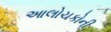
આલોચકોની